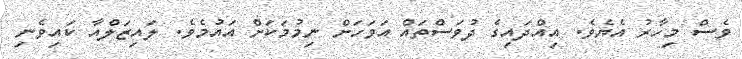
ވެސް މިހާރު އެޔެވެ. އިއްދައިގެ ދުވަސްތައް އަވަހަށް ނިމުމަކަށް އައުމެވެ. ލައިޒަލްއާ ކައިވެނި